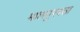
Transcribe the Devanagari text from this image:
मालपुरवठा